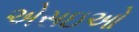
એસઇઓ